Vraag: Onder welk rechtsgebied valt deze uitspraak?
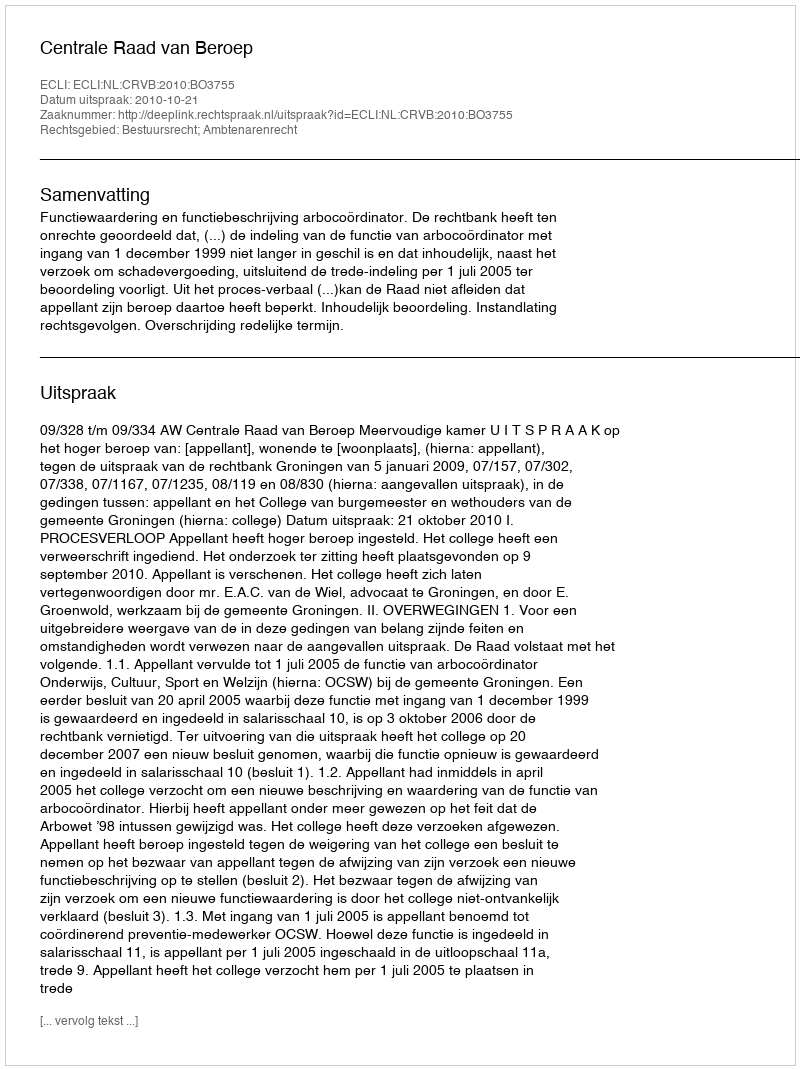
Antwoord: Bestuursrecht; Ambtenarenrecht